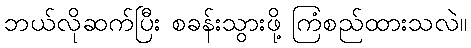
ဘယ်လိုဆက်ပြီး စခန်းသွားဖို့ ကြံစည်ထားသလဲ။